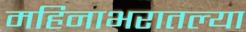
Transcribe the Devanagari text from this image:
महिनाभरातल्या